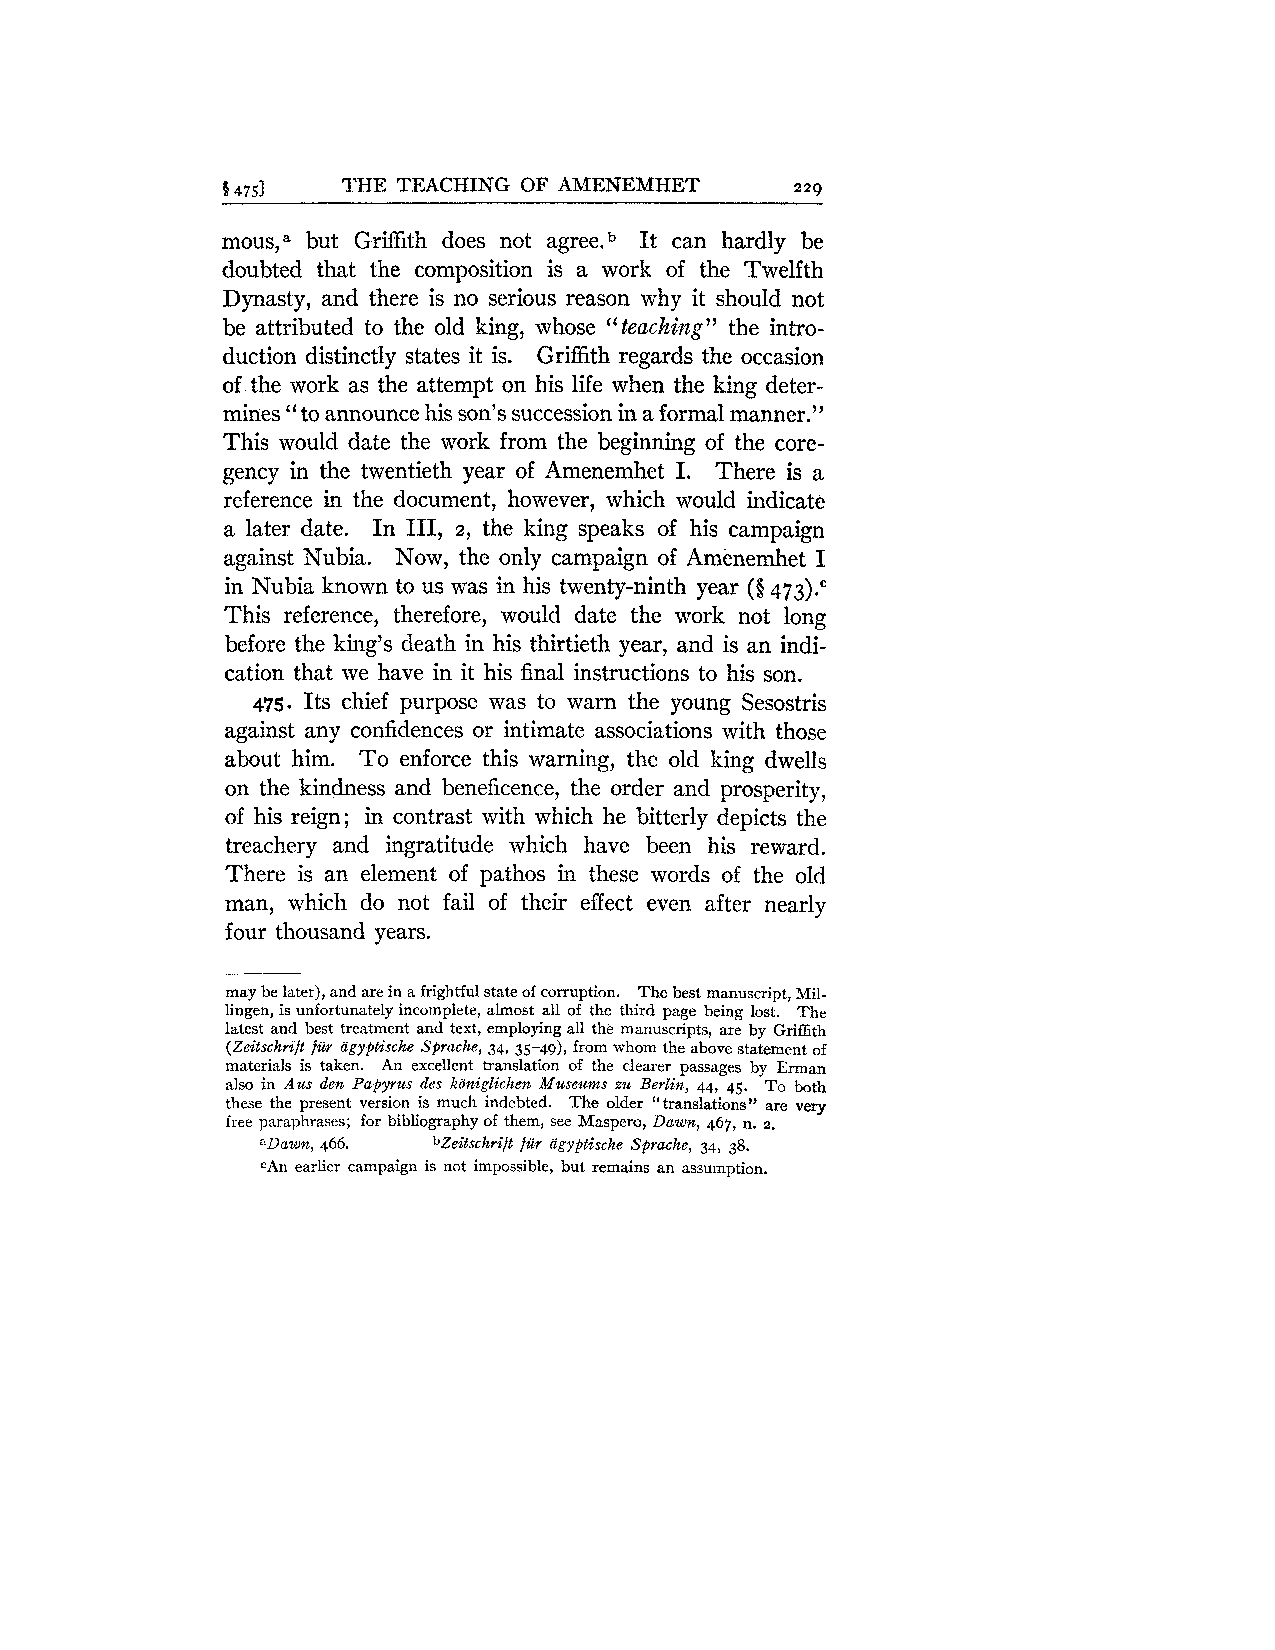
9 4751  THE TEACHING OF AMENEMHET     229
 mous,a but Griffith does not agreesb It can hardly be
 doubted that the composition is a work of the Twelfth
 Dynasty, and there is no serious reason why it should not
 be attributed to the old king, whose ''teachifig" the intro-
 duction distinctly states it is. Griffith regards the occasion
 of the work as the attempt on his life when the king deter-
 mines to announce his son's succession in a formal manner.''
 "
 This would date the work from the beginning of the core-
 gency in the twentieth year of Amenemhet I. There is a
 reference in the document, however, which would indicate
 a later date. In 111, the king speaks of his campaign
 2,
 against Nubia. Now, the only campaign of Amenemhet I
 in Nubia known to us was in his twenty-ninth year (§ 473)."
 This reference, therefore, would date the work not long
 before the king's death in his thirtieth year, and is an indi-
 cation that we have in it his final instructions to his son.
 475. Its chief purpose was to warn the young Sesostris
 against any confidences or intimate associations with those
 about him. To enforce this warning, the old king dwells
 on the kindness and beneficence, the order and prosperity,
 of his reign; in contrast with which he bitterly depicts the
 treachery and ingratitude which have been his reward.
 There is an element of pathos in these words of the old
 man, which do not fail of their effect even after nearly
 four thousand years.
 may be later), and are in a frightful state of corruption. The best manuscript, Mil-
 lingen, is unfortunately incomplete, almost all of the third page being lost. The
 latest and best treatment and text, employing all the manuscripts, are by Griffith
 (Zeitschrift fur agyptische Sprache, 34, 35-49), from whom the above statement of
 materials is taken. An excellent translation of the clearer passages by Eman
 also in Aus den Papyrus des kdniglichen Museums zu Berlin, 44, 45. To both
 these the present version is much indebted. The older "translations" are very
 free paraphrases; for bibliography of them, see Maspero, Dawn, 467, n. 2.
 aDazen, 466. bZeitschrift fur agyptische Sprache, 34, 38.
 cAn earlier campaign is not impossible, but remains an assumption.